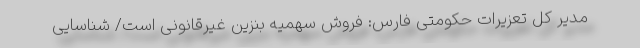
مدیر کل تعزیرات حکومتی فارس: فروش سهمیه بنزین غیرقانونی است/ شناسایی